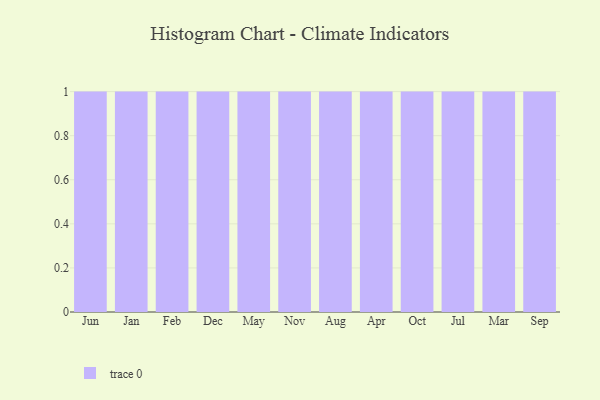
{"axis": {"x": "Month", "y": "Net Income (USD K)"}, "legend": [""], "data": [{"x": "Jun", "y": 80, "type": ""}, {"x": "Jan", "y": 70, "type": ""}, {"x": "Feb", "y": 65, "type": ""}, {"x": "Dec", "y": 7, "type": ""}, {"x": "May", "y": 94, "type": ""}, {"x": "Nov", "y": 62, "type": ""}, {"x": "Aug", "y": 97, "type": ""}, {"x": "Apr", "y": 92, "type": ""}, {"x": "Oct", "y": 78, "type": ""}, {"x": "Jul", "y": 52, "type": ""}, {"x": "Mar", "y": 99, "type": ""}, {"x": "Sep", "y": 95, "type": ""}]}